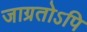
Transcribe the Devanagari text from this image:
जाग्रतोऽपि